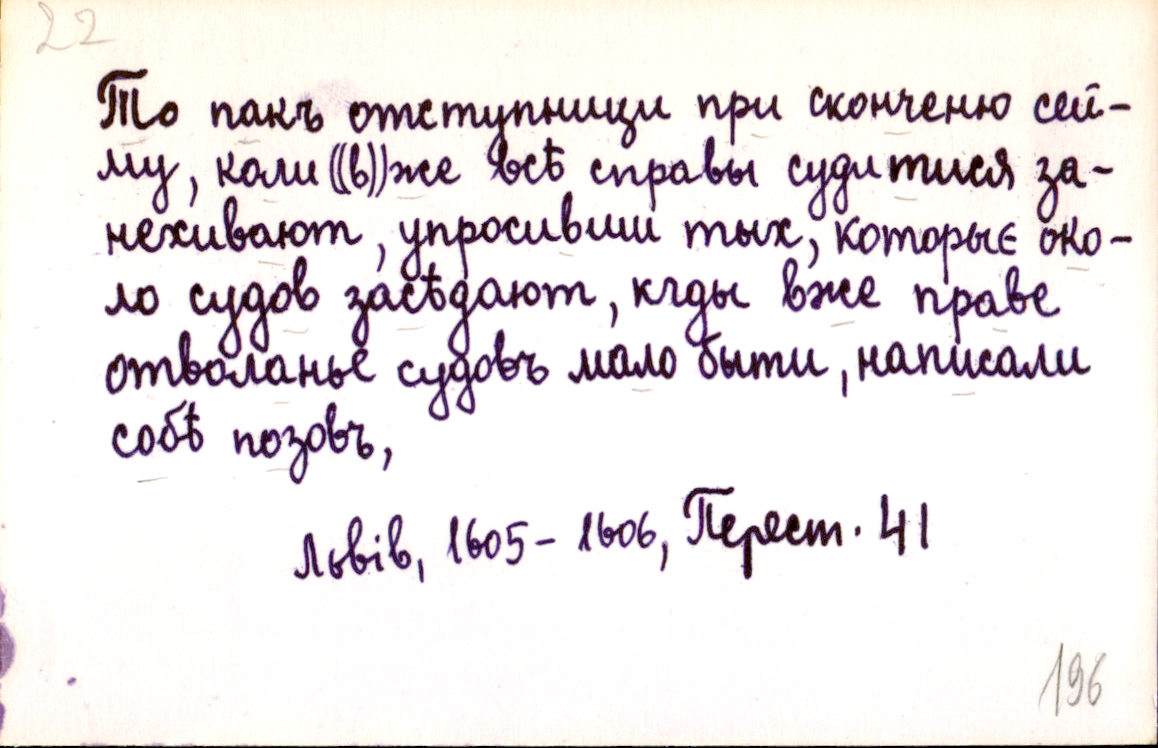
То пакъ отступници при сконченю сей-
му, коли ((в))же всѣ справы судитися за-
нехивают, упросивши тых, которыє око-
ло судов засѣдают, кды вже праве
отволанье судовъ мало быти, написали
собѣ позовъ,
Львів, 1605-1606, Перест. 41